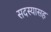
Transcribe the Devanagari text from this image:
सदस्यासह